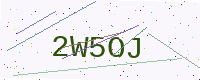
Text: 2W5OJ